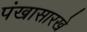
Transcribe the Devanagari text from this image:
पंखासारखे